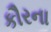
કૌરના